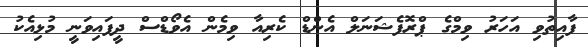
ފާއިތުވި އަހަރު ވިމްގެ ޕްރޮފެޝަނަލް އެންޑް ކެރިއާ ވިމެން އެވޯޑްސް ދީފައިވަނީ މުޅިއެކު